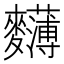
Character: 𪎄